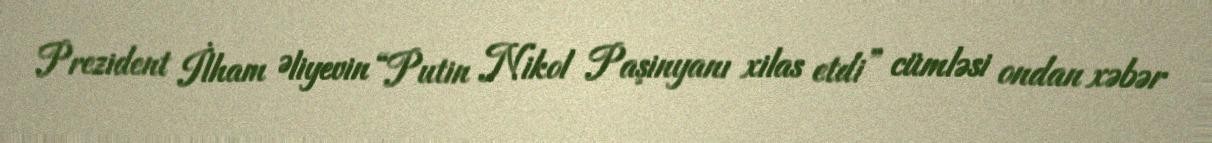
Prezident İlham Əliyevin “Putin Nikol Paşinyanı xilas etdi” cümləsi ondan xəbər